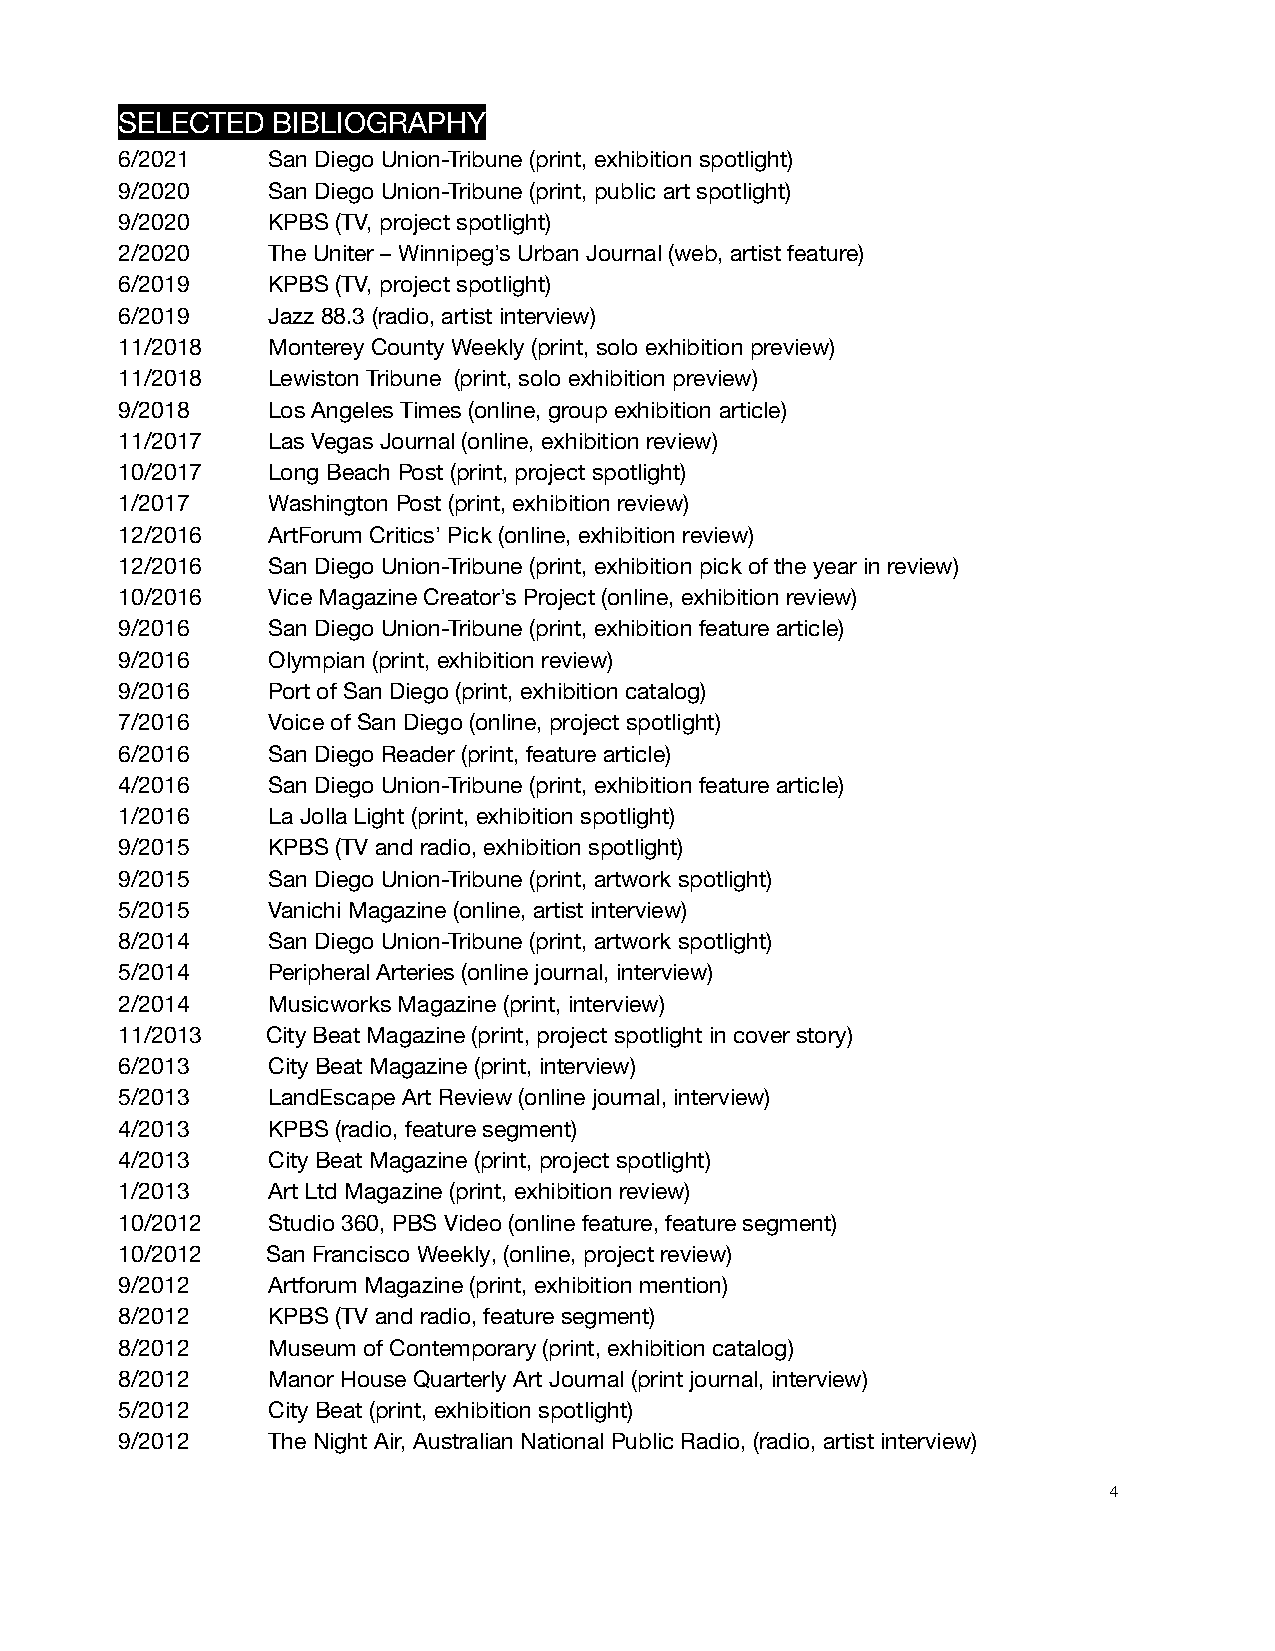
SELECTED  BIBLIOGRAPHY
 6/2021    San Diego Union-Tribune (print, exhibition spotlight)
 9/2020    San Diego Union-Tribune (print, public art spotlight)
 9/2020    KPBS (TV, project spotlight)
 2/2020    The Uniter – Winnipeg’s Urban Journal (web, artist feature)
 6/2019    KPBS (TV, project spotlight)
 6/2019    Jazz 88.3 (radio, artist interview)
 11/2018   Monterey County Weekly (print, solo exhibition preview)
 11/2018   Lewiston Tribune (print, solo exhibition preview)
 9/2018    Los Angeles Times (online, group exhibition article)
 11/2017   Las Vegas Journal (online, exhibition review)
 10/2017   Long Beach Post (print, project spotlight)
 1/2017    Washington Post (print, exhibition review)
 12/2016   ArtForum Critics’ Pick (online, exhibition review)
 12/2016   San Diego Union-Tribune (print, exhibition pick of the year in review)
 10/2016   Vice Magazine Creator’s Project (online, exhibition review)
 9/2016    San Diego Union-Tribune (print, exhibition feature article)
 9/2016    Olympian (print, exhibition review)
 9/2016    Port of San Diego (print, exhibition catalog)
 7/2016    Voice of San Diego (online, project spotlight)
 6/2016    San Diego Reader (print, feature article)
 4/2016    San Diego Union-Tribune (print, exhibition feature article)
 1/2016    La Jolla Light (print, exhibition spotlight)
 9/2015    KPBS (TV and radio, exhibition spotlight)
 9/2015    San Diego Union-Tribune (print, artwork spotlight)
 5/2015    Vanichi Magazine (online, artist interview)
 8/2014    San Diego Union-Tribune (print, artwork spotlight)
 5/2014    Peripheral Arteries (online journal, interview)
 2/2014    Musicworks Magazine (print, interview)
 11/2013   City Beat Magazine (print, project spotlight in cover story)
 6/2013    City Beat Magazine (print, interview)
 5/2013    LandEscape Art Review (online journal, interview)
 4/2013    KPBS (radio, feature segment)
 4/2013    City Beat Magazine (print, project spotlight)
 1/2013    Art Ltd Magazine (print, exhibition review)
 10/2012   Studio 360, PBS Video (online feature, feature segment)
 10/2012   San Francisco Weekly, (online, project review)
 9/2012    Artforum Magazine (print, exhibition mention)
 8/2012    KPBS (TV and radio, feature segment)
 8/2012    Museum of Contemporary (print, exhibition catalog)
 8/2012    Manor House Quarterly Art Journal (print journal, interview)
 5/2012    City Beat (print, exhibition spotlight)
 9/2012    The Night Air, Australian National Public Radio, (radio, artist interview)
 4